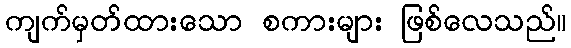
ကျက်မှတ်ထားသော စကားများ ဖြစ်လေသည်။